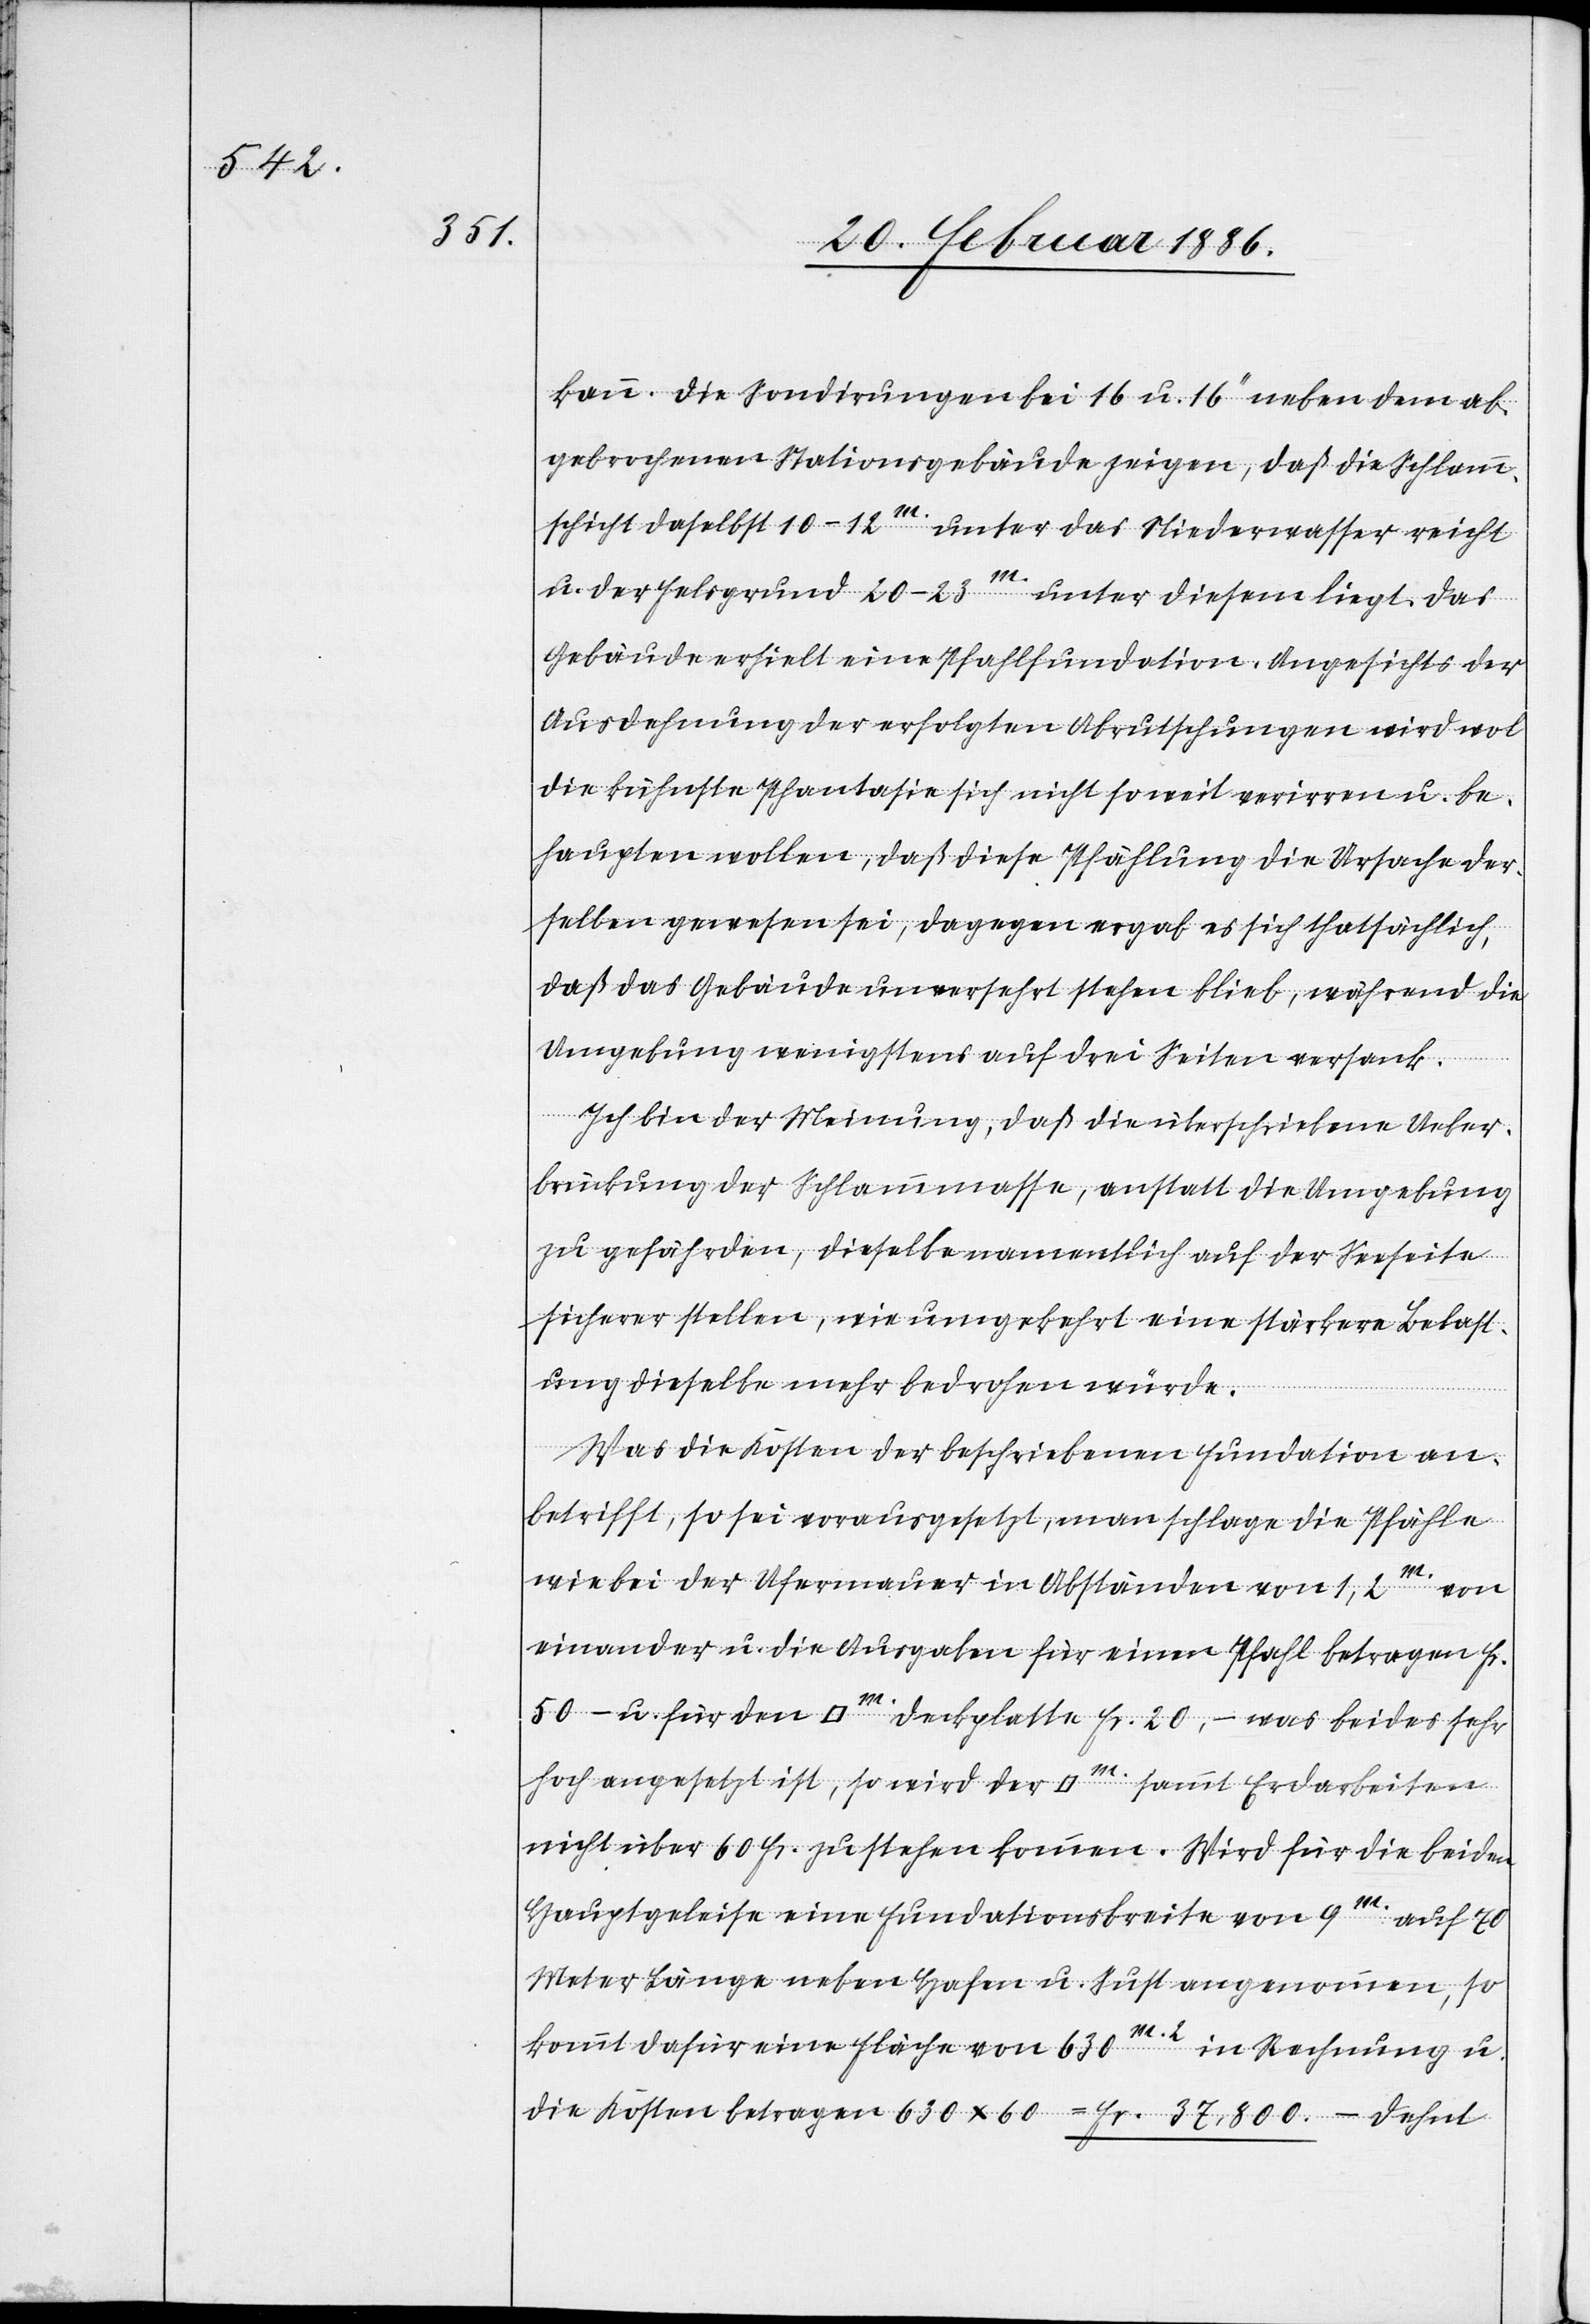
kann. Die Sondirungen bei 16 und 16’’ [sic!] neben dem ab¬
gebrochenen Stationsgebäude zeigen, daß die Schlamm¬
schicht daselbst 10–12m. unter das Niederwasser reicht
u. der Felsgrund 20–23m. unter diesem liegt. Das
Gebäude erhielt eine Pfahlfundation. Angesichts der
Ausdehnung der erfolgten Abrutschungen wird wol
die kühnste Phantasie sich nicht so weit verirren u. be¬
haupten wollen, daß diese Pfählung die Ursache der¬
selben gewesen sei, dagegen ergab es sich thatsächlich,
daß das Gebäude unversehrt stehen blieb, während die
Umgebung wenigstens auf drei Seiten versank.
Ich bin der Meinung, daß die überschriebene Ueber¬
brückung der Schlammmasse, anstatt die Umgebung
zu gefährden, dieselbe namentlich auf der Seeseite
sicherer stellen, wie umgekehrt eine stärkere Belast¬
ung dieselbe mehr bedrohen würde.
Was die Kosten der beschriebenen Fundation an¬
betrifft, so sei vorausgesetzt, man schlage die Pfähle
wie bei der Ufermauer in Abständen von 1,2m. von
einander u. die Ausgaben für einen Pfahl betragen Fr.
50.– u. für den [Quadratmeter] Deckplatte Fr. 20.– was beides sehr
hoch angesetzt ist, so wird der [Quadratmeter] sammt Erdarbeiten
nicht über 60 Fr. zustehen kommen. Wird für die beiden
Hauptgeleise eine Fundationsbreite von 9m. auf 70
Meter Länge neben Hafen u. Sust angenommen, so
kommt dafür eine Fläche von 630m.2 in Rechnung u.
die Kosten betragen 630 x 60 = Fr. 37,800.–. Dehnt